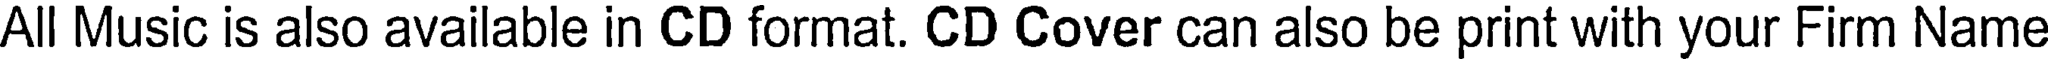
All Music is also available in CD format. CD Cover can also be print with your Firm Name